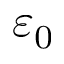
\varepsilon _ { 0 }